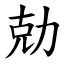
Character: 勀